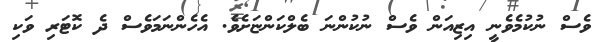
ވެސް ނުކުމެވެނީ އިޒިއަން ވެސް ނުކުންނަ ބެލްކަންޏަށެވެ. އެހެންނަމަވެސް ދެ ކޮޓަރި ވަކި